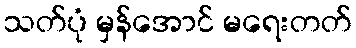
သတ်ပုံ မှန်အောင် မရေးတတ်